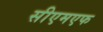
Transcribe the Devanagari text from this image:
सीएमएफ